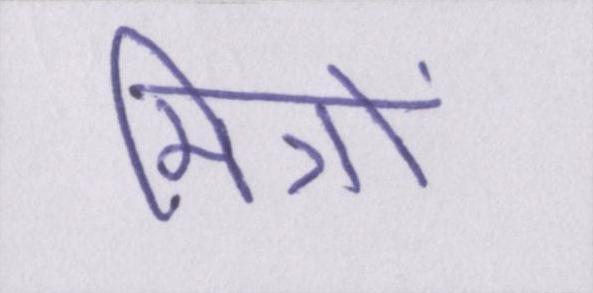
मित्रों